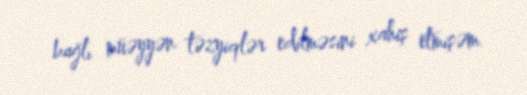
bağlı müəyyən təzyiqlər edilməsini xahiş etmişəm.